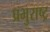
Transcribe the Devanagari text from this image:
प्रभुराष्ट्र